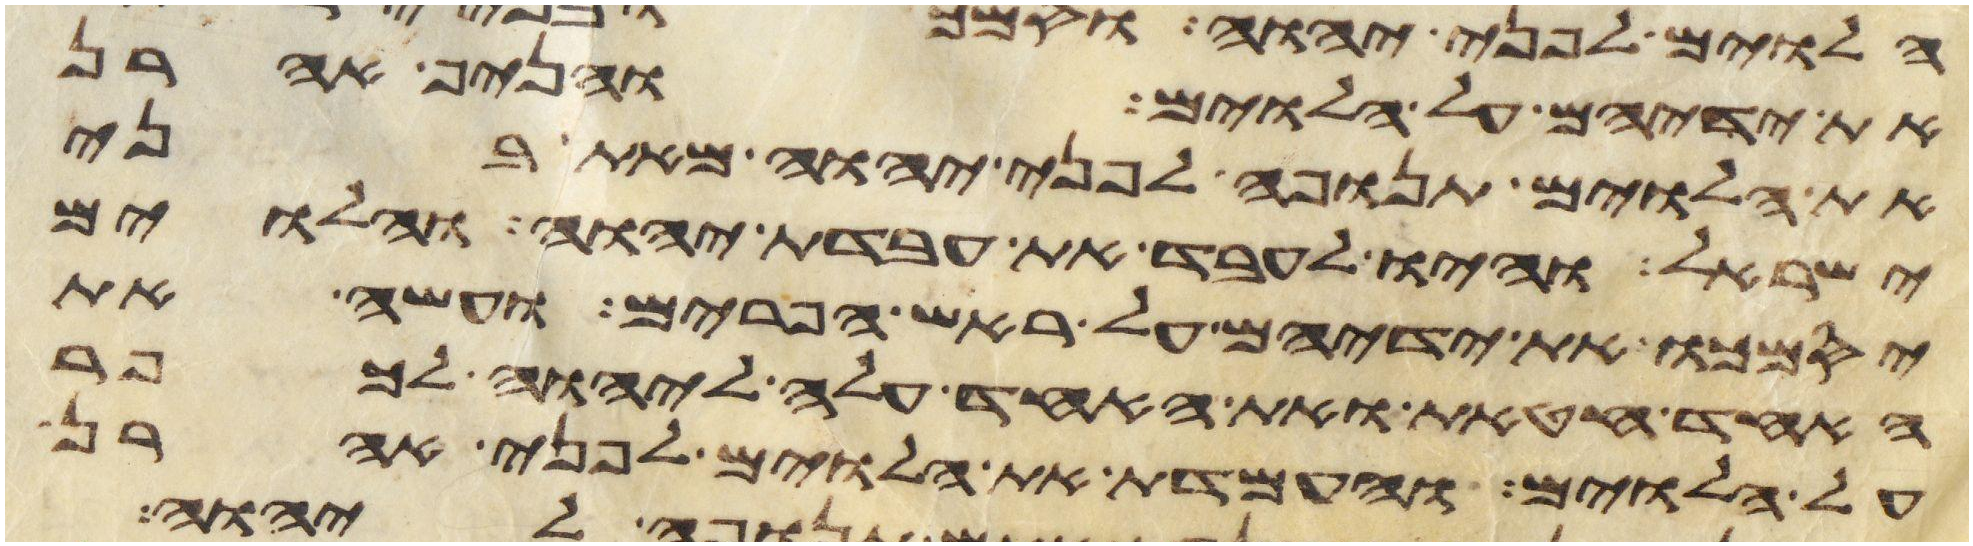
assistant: את ידיהם על הלוים והניף אהרן
את הלוים תנופה לפני יהוה מאת בני
ישראל והיו לעבד את עבדת יהוה והלוים
יסמכו את ידיהם על ראש הפרים ועשה את
האחד חטאת ואת האחד עלה ליהוה לכפר
על הלוים והעמדת את הלוים לפני אהרן